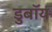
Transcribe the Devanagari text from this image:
डुबॉय